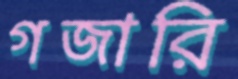
গজারি